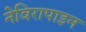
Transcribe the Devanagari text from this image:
नेविरापाइन